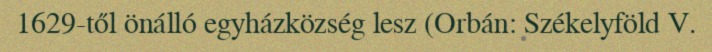
1629-től önálló egyházközség lesz (Orbán: Székelyföld V.